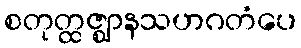
စတုတ္ထဇ္ဈာနသဟဂတံပေ